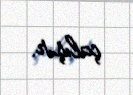
çalışır.